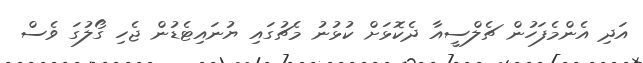
އަދި އެންމެފަހުން ޗެލްސީއާ ދެކޮޅަށް ކުޅުނު މެޗުގައި ޔުނައިޓެޑުން ޖެހި ގޯލުގަ ވެސް